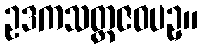
ဥဒကသတ္တဇဝပဥှ။